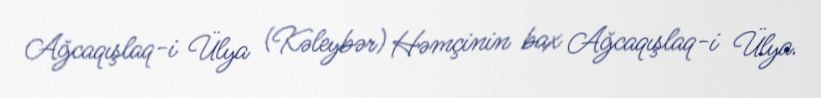
Ağcaqışlaq-i Ülya (Kəleybər) Həmçinin bax Ağcaqışlaq-i Ülya.